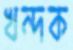
খন্দক